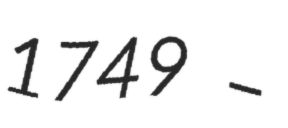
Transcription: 1749 –